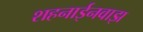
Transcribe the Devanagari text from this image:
शहनाईनवाझ